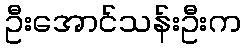
ဦးအောင်သန်းဦးက